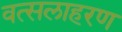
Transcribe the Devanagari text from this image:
वत्सलाहरण